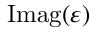
\operatorname { I m a g } ( \varepsilon )